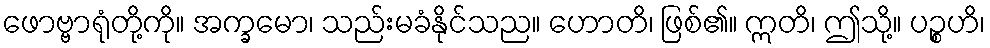
ဖောဗ္ဗာရုံတို့ကို။ အက္ခမော၊ သည်းမခံနိုင်သည။ ဟောတိ၊ ဖြစ်၏။ ဣတိ၊ ဤသို့။ ပဉ္စဟိ၊